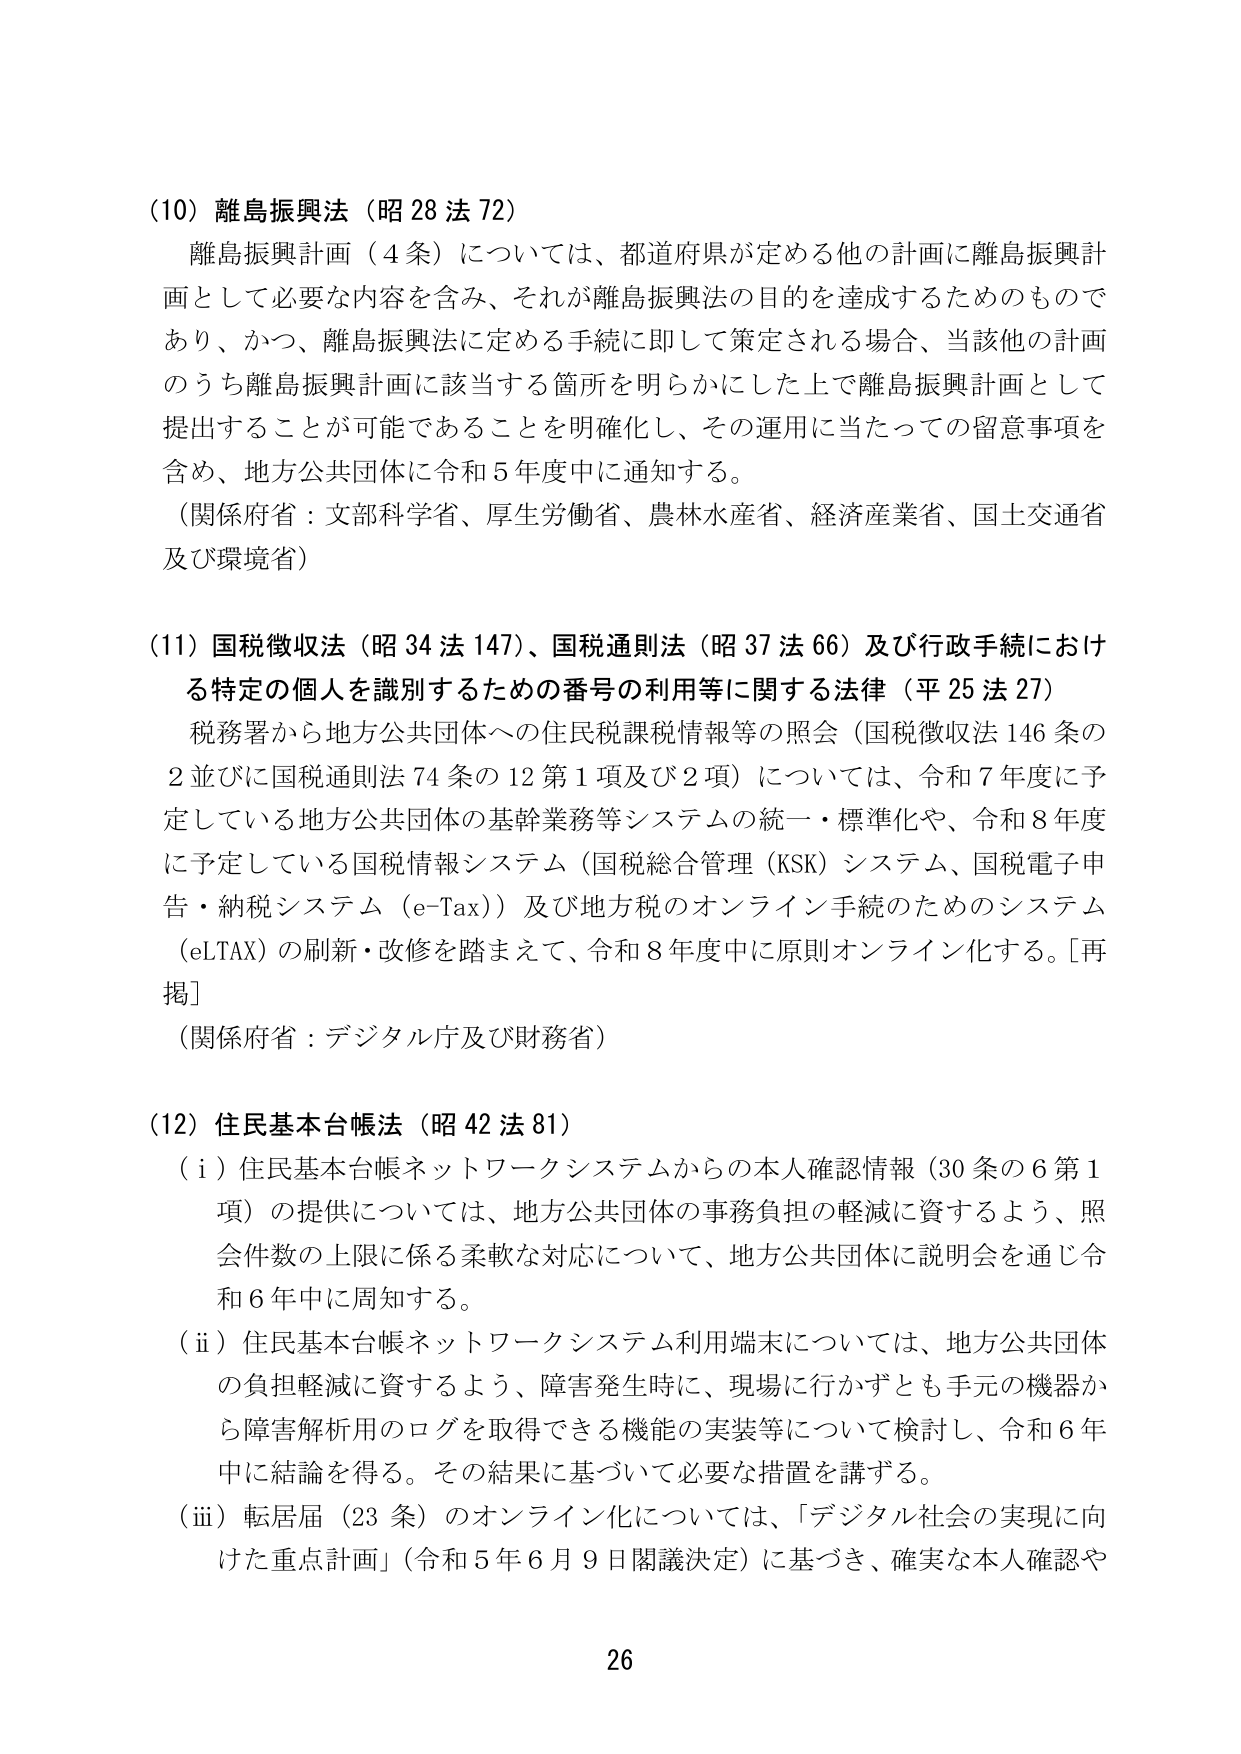
(10) 離島振興法（昭28法72）
離島振興計画（4条）については、都道府県が定める他の計画に離島振興計画として必要な内容を含み、それが離島振興法の目的を達成するためのものであり、かつ、離島振興法に定める手続に即して策定される場合、当該他の計画のうち離島振興計画に該当する箇所を明らかにした上で離島振興計画として提出することが可能であることを明確化し、その運用に当たっての留意事項を含め、地方公共団体に令和5年度中に通知する。
（関係府省：文部科学省、厚生労働省、農林水産省、経済産業省、国土交通省及び環境省）

(11) 国税徴収法（昭34法147）、国税通則法（昭37法66）及び行政手続における特定の個人を識別するための番号の利用等に関する法律（平25法27）
税務署から地方公共団体への住民税課税情報等の照会（国税徴収法146条の2並びに国税通則法74条の12第1項及び2項）については、令和7年度に予定している地方公共団体の基幹業務等システムの統一・標準化や、令和8年度に予定している国税情報システム（国税総合管理（KSK）システム、国税電子申告・納税システム（e-Tax））及び地方税のオンライン手続のためのシステム（eLTAX）の刷新・改修を踏まえて、令和8年度中に原則オンライン化する。[再掲]
（関係府省：デジタル庁及び財務省）

(12) 住民基本台帳法（昭42法81）
（i）住民基本台帳ネットワークシステムからの本人確認情報（30条の6第1項）の提供については、地方公共団体の事務負担の軽減に資するよう、照会件数の上限に係る柔軟な対応について、地方公共団体に説明会を通じ令和6年中に周知する。
（ii）住民基本台帳ネットワークシステム利用端末については、地方公共団体の負担軽減に資するよう、障害発生時に、現場に行かずとも手元の機器から障害解析用のログを取得できる機能の実装等について検討し、令和6年中に結論を得る。その結果に基づいて必要な措置を講ずる。
（iii）転居届（23条）のオンライン化については、「デジタル社会の実現に向けた重点計画」（令和5年6月9日閣議決定）に基づき、確実な本人確認や

26